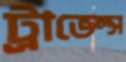
ট্রাভেল্স